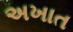
અખાત